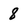
Character: 8